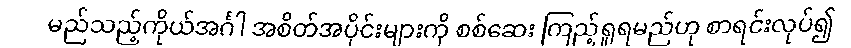
မည်သည့်ကိုယ်အင်္ဂါ အစိတ်အပိုင်းများကို စစ်ဆေး ကြည့်ရှုရမည်ဟု စာရင်းလုပ်၍